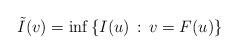
LaTeX: \begin{align*}\tilde{I}(v)=\inf\left\{ I(u)\,:\, v=F(u)\right\} \end{align*}